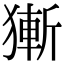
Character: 獑